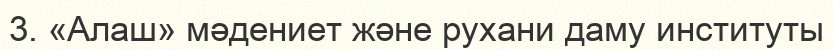
3. «Алаш» мәдениет және рухани даму институты